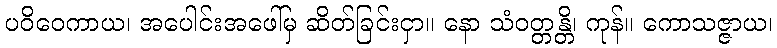
ပဝိဝေကာယ၊ အပေါင်းအဖေါ်မှ ဆိတ်ခြင်းငှာ။ နော သံဝတ္တန္တိ၊ ကုန်။ ကောသဇ္ဇာယ၊